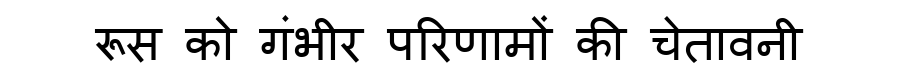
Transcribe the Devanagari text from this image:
रूस को गंभीर परिणामों की चेतावनी